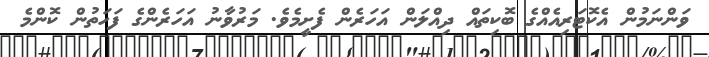
ވަންނަމުން އެކޮޓަރިއެއްގެ ބޮކިތައް ދިއްލަން އަހަރެން ފެށީމެވެ. މަރުވާނު އަހަރެންގެ ފަހަތުން ކޮންމެ